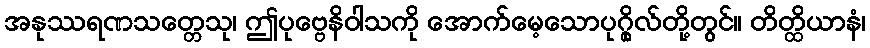
အနုဿရဏသတ္တေသု၊ ဤပုဗ္ဗေနိဝါသကို အောက်မေ့သောပုဂ္ဂိုလ်တို့တွင်။ တိတ္ထိယာနံ၊